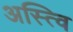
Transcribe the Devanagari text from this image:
अस्त्वि